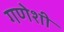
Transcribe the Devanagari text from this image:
गणेशी